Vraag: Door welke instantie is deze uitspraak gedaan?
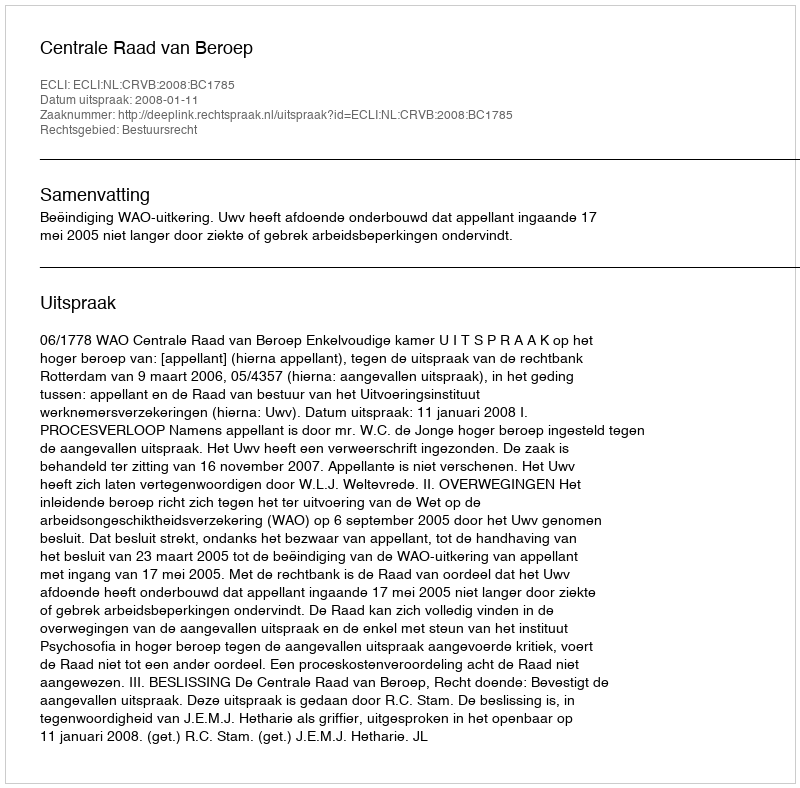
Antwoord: Centrale Raad van Beroep